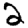
Digit: 2